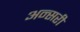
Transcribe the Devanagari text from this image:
अन्सरी